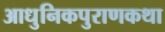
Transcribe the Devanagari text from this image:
आधुनिकपुराणकथा